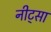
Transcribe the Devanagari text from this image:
नीट्सा